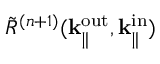
\Tilde { R } ^ { ( n + 1 ) } ( \mathbf { k } _ { \parallel } ^ { \mathrm { o u t } } , \mathbf { k } _ { \parallel } ^ { \mathrm { i n } } )